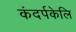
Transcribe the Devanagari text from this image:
कंदर्पकेलि